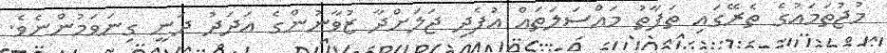
މުޖުތަމައުގެ ތެރޭގައި ތަފާތު މައްސަލަތައް އުފެދި ޖަލަށްދާ ޒުވާނުންގެ އަދަދު ދަނީ ގިނަވަމުންނެވެ.